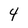
Character: 4